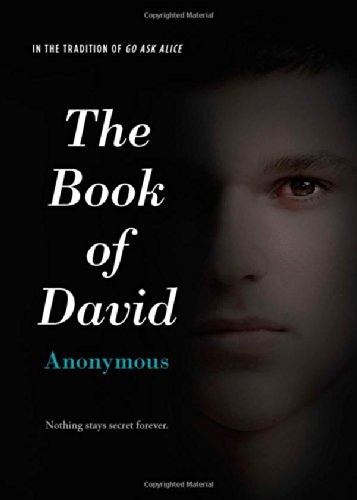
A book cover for The Book of David; Anonymous; Teen & Young Adult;